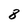
Character: 8